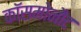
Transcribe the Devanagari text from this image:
कॉसमोनौट